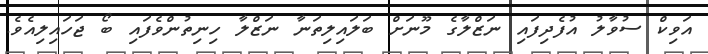
އަވިކް ސުވާލު އުފެދިފައި ނަޒްލާގެ މޫނަށް ބަލައިލިތަނާ ނަޒްލާ ހިނިތުންވެފައި ބޯ ޖަހައިލިއެވެ.